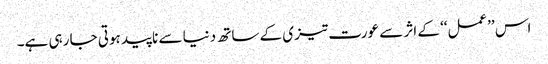
اس ’’عمل‘‘ کے اثر سے عورت تیزی کے ساتھ دنیا سے ناپید ہوتی جا رہی ہے۔